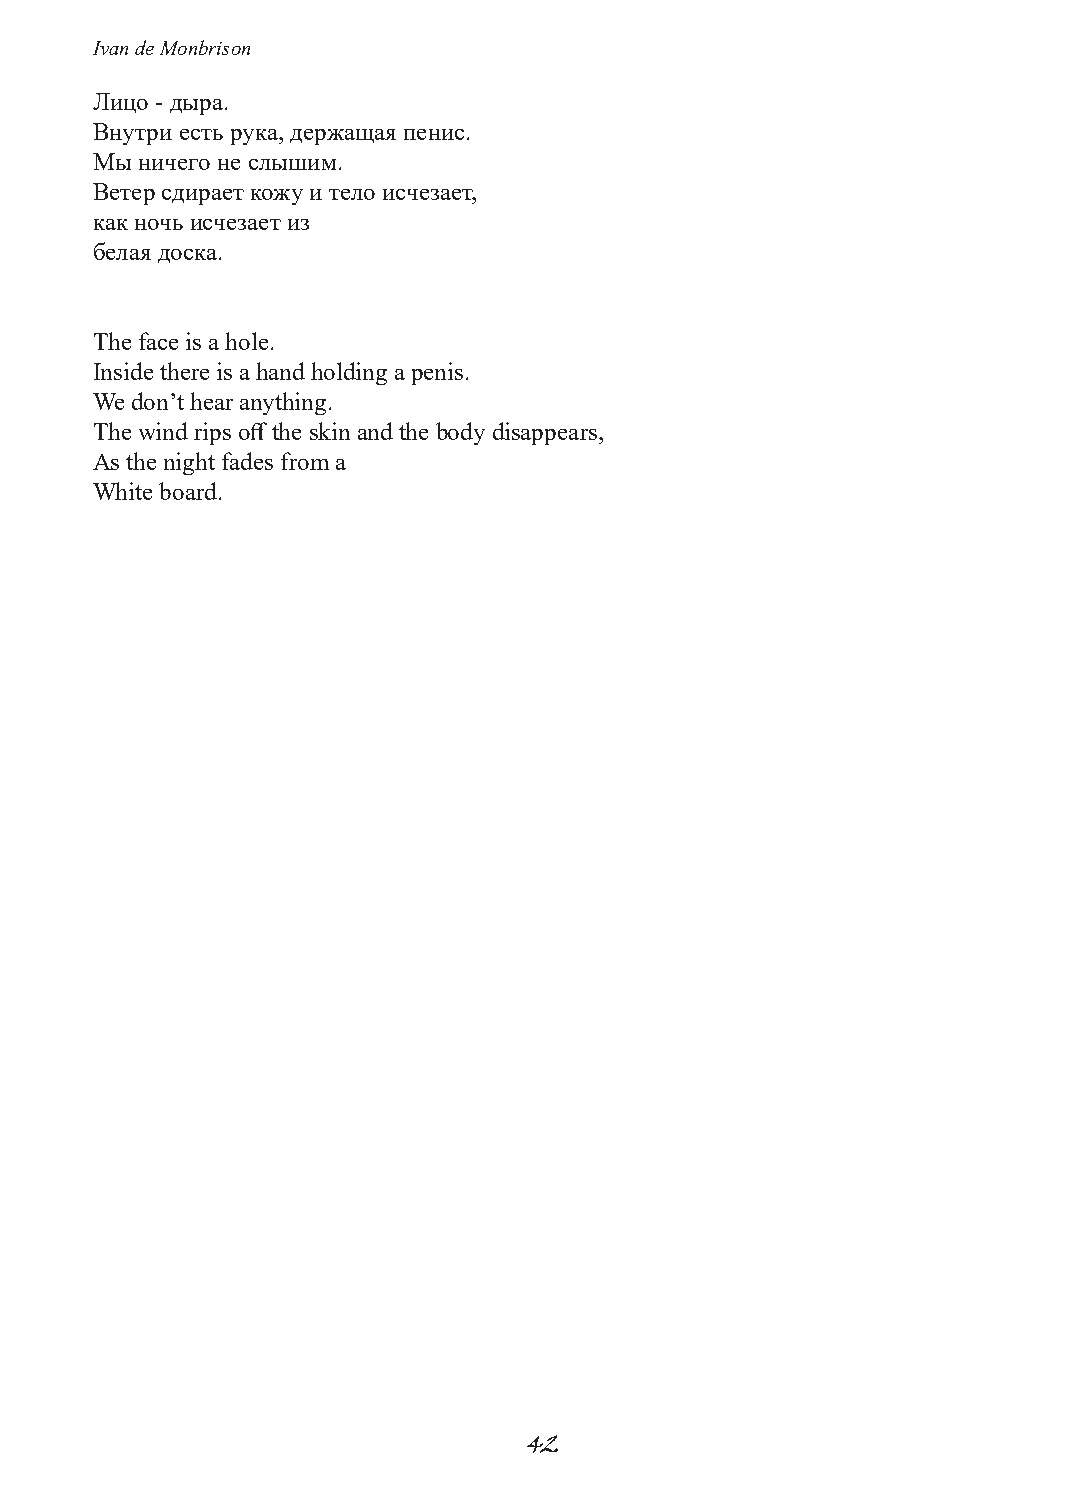
Ivan de Monbrison
 Лицо - дыра.
 Внутри есть рука, держащая пенис.
 Мы ничего не слышим.
 Ветер сдирает кожу и тело исчезает,
 как ночь исчезает из
 белая доска.
 The face is a hole.
 Inside there is a hand holding a penis.
 We don’t hear anything.
 The wind rips off the skin and the body disappears,
 As the night fades from a
 White board.
 42